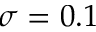
\sigma = 0 . 1